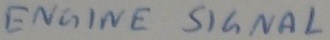
Text: ENGINE SIGNAL